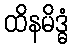
ထိနမိဒ္ဓံ